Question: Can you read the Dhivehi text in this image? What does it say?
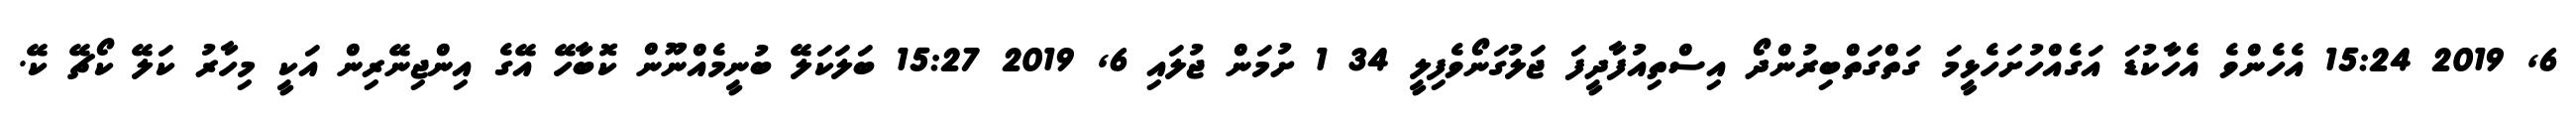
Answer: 6, 2019 15:24 އެހެންވެ އެހާކުޑަ އަގެއްހުށަހެޅީމަ ގަތްގަތްބިރުންދޯ އިސްތިއުފާދީފަ ޖަލުގަނޯވެފިލީ 34 1 ށުމަން ޖުލައި 6, 2019 15:27 ބަލަކަލޭ ބުނީމެއްނޫން ކޮބާހޭ އޭގެ އިންޖިނޭރިން އަކީ މިހާރު ކަލޭ ކޯޗޭ ކޭ.